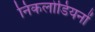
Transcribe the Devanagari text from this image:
निकलोडियनों